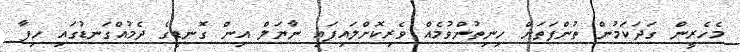
މެހެރީން ގަދަކަމުން ތުންފަތަށް ހިނިތުންވުމެއް ވެރިކޮށްލައިފައި ނާޔަލް އިން ގޮނޑީގެ ދެމުއްގަނޑުގައި ހިފާ